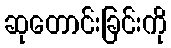
ဆုတောင်းခြင်းကို